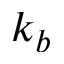
k _ { b }